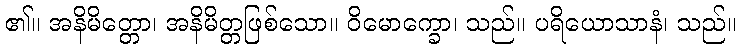
၏။ အနိမိတ္တော၊ အနိမိတ္တဖြစ်သော။ ဝိမောက္ခော၊ သည်။ ပရိယောသာနံ၊ သည်။